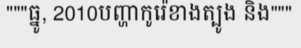
"""ធ្នូ, 2010បញ្ហាកូរ៉េខាងត្បូង និង"""